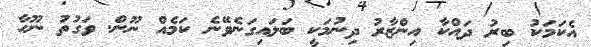
އެކަމަކު ބިރު ދައްކާ އިންޒާރު ދިނުމަކީ ބަލައިގަނެވޭނެ ކަމެއް ނޫން. ވަގުތު ނޫހާ